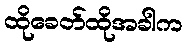
ထိုခေတ်ထိုအခါက